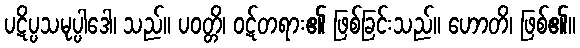
ပဋိပ္ပသမုပ္ပါဒေါ၊ သည်။ ပဝတ္တိ၊ ဝဋ်တရား၏ ဖြစ်ခြင်းသည်။ ဟောတိ၊ ဖြစ်၏။